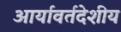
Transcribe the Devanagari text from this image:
आर्यावर्तदेशीय